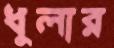
ধুলার